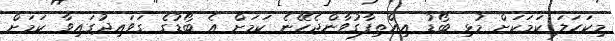
މިކަހަލަ ކަމަކަށް މުޅި ބޯޑު އިއްތިފާގުވާންޖެހޭނެ ކަމަށް އެ ބޯޑުގެ ގަވައިދުގައިވާ ކަމަށް